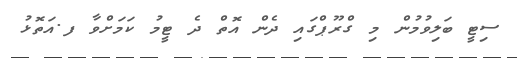
ސިޓީ ބަލިވުމުން މި ގްރޫޕްގައި ދެން އޮތް ދެ ޓީމު ކަމަށްވާ ފ.އަތޮޅު